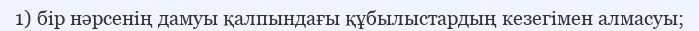
1) бір нәрсенің дамуы қалпындағы құбылыстардың кезегімен алмасуы;